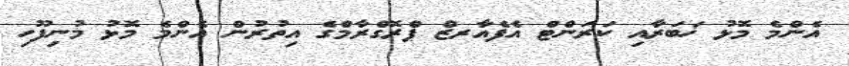
އެންމެ މޮޅު ޚަބަރާއި ކަރަންޓް އެފެއާރޒް ޕްރޮގްރާމްގެ އިތުރުން އެންމެ މޮޅު މުނިފޫހި